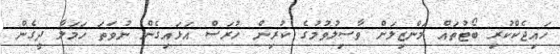
ހައިޖެކްކުރި ބޯޓުތައް މަންޒިލަށް ވާސިލުވުމުގެ ކުރިން ހުރަސް އަޅައިގެން ނުވަތަ ހަމަލާ ދީގެން